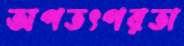
অপতৎপরতা